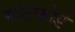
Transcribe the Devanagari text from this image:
मांटफोर्ड